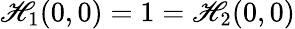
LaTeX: \mathscr{H}_{1}(0,0)=1=\mathscr{H}_{2}(0,0)